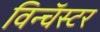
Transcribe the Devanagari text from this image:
विन्चॅस्टर